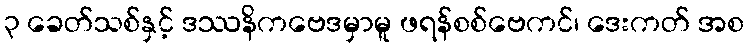
၃ ခေတ်သစ်နှင့် ဒဿနိကဗေဒမှာမူ ဖရန်စစ်ဗေကင်၊ ဒေးကတ် အစ